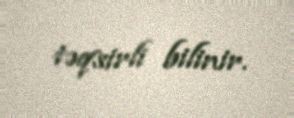
təqsirli bilinir.